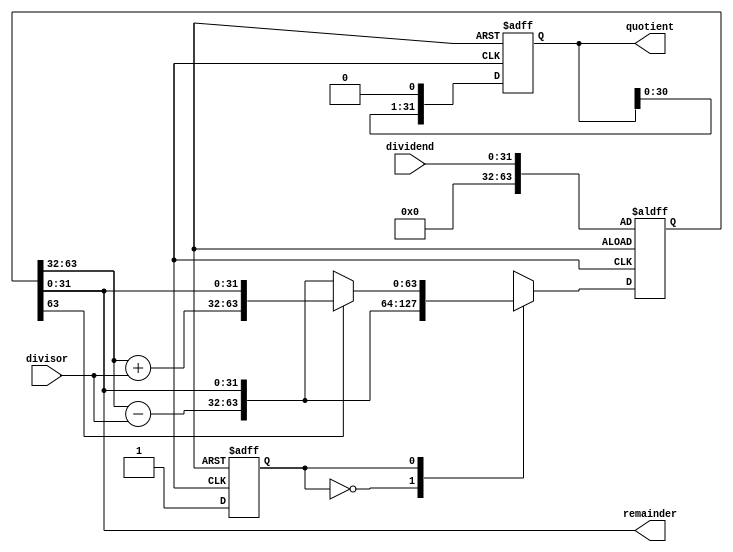
module non_restoring_divider (
   input  [31:0] dividend,
   input  [31:0] divisor,
   output [31:0] quotient,
   output [31:0] remainder
);

reg [31:0] acc;
reg [63:0] temp;

reg [31:0] shift_reg;
reg [4:0] count;
reg control_logic;

always @ (posedge clk or negedge rst) begin
   if (!rst) begin
      acc <= 0;
      temp <= {32'b0, dividend};
      shift_reg <= 0;
      count <= 0;
      control_logic <= 0;
   end else begin
      case (control_logic)
         0: begin
            temp <= {temp[63:32] - divisor, temp[31:0]};
            acc <= acc << 1;
            control_logic <= 1;
         end
         1: begin
            if (temp[63] == 1) begin
               acc[0] <= 1;
               temp <= {temp[63:32] + divisor, temp[31:0]};
            end else begin
               temp <= {temp[63:32] - divisor, temp[31:0]};
            end
            acc <= acc << 1;
            control_logic <= 1;
         end
         default: begin
            acc <= acc << 1;
            control_logic <= 1;
         end
      endcase
   end
end

assign quotient = acc;
assign remainder = temp[31:0];

endmodule